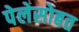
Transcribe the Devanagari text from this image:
पेलेसोबत